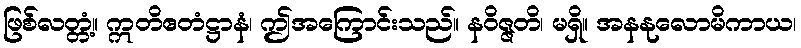
ဖြစ်လတ္တံ့။ ဣတိဧတံဋ္ဌာနံ၊ ဤအကြောင်းသည်။ နဝိဇ္ဇတိ၊ မရှိ။ အနနုလောမိကာယ၊